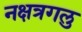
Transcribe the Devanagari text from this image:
नक्षत्रगलु